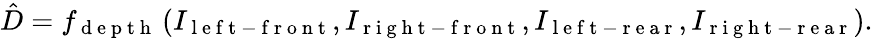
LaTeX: \hat{D}=f_{\mathrm{~d~e~p~t~h~}}\left(I_{\mathrm{~l~e~f~t~-~f~r~o~n~t~}},I_{\mathrm{~r~i~g~h~t~-~f~r~o~n~t~}},I_{\mathrm{~l~e~f~t~-~r~e~a~r~}},I_{\mathrm{~r~i~g~h~t~-~r~e~a~r~}}\right).